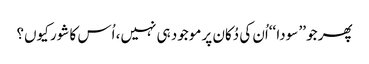
پھر جو ’’ سودا ‘‘اُن کی دُکان پر موجود ہی نہیں، اُس کا شور کیوں؟